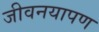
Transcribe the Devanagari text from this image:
जीवनयापण